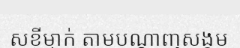
សខ្ចីម្នាក់ តាមបណ្តាញសង្គម